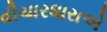
વીચારધારાએ